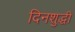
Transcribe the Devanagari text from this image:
दिनशुद्धी